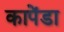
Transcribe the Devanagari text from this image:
कापेंडा